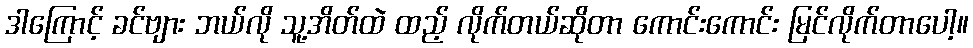
ဒါကြောင့် ခင်ဗျား ဘယ်လို သူ့အိတ်ထဲ ထည့် လိုက်တယ်ဆိုတာ ကောင်းကောင်း မြင်လိုက်တာပေါ့။